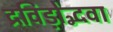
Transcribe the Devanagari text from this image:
द्रविड़ोद्भवा